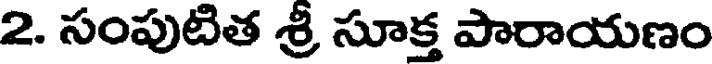
2. సంపుటిత శ్రీ సూక్త పారాయణం